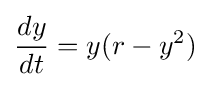
{\frac {dy}{dt}}=y(r-y^{2})